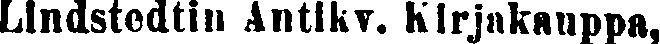
Lindstedtin Antikv. Kirjakauppa,